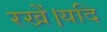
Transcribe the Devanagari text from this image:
रखें।यदि